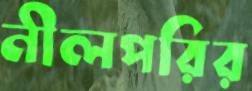
নীলপরির